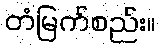
တံမြက်စည်း။